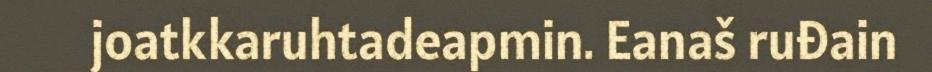
joatkkaruhtadeapmin. Eanaš ruđain